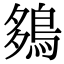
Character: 𪀩